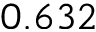
0 . 6 3 2